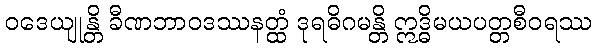
ဝဒေယျုန္တိ ခီဏဘာဝဒဿနတ္ထံ ဒုရဓိဂမန္တိ ဣဒ္ဓိမယပတ္တစီဝရဿ